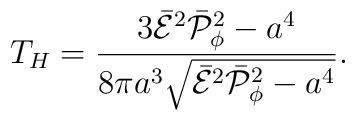
T_H={{3\bar{\cal E}^2\bar{\cal P}^2_{\phi}-a^4}\over{8\pi a^3\sqrt{\bar{\cal E}^2\bar{\cal P}^2_{\phi}-a^4}}}.